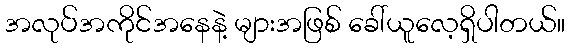
အလုပ်အကိုင်အနေနဲ့ များအဖြစ် ခေါ်ယူလေ့ရှိပါတယ်။